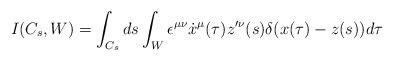
LaTeX: \begin{align*}I(C_s,W) = \int_{C_s}ds\int_W \epsilon^{\mu \nu}\dot x^\mu (\tau)z'^\nu (s)\delta (x(\tau)-z(s))d\tau\end{align*}